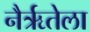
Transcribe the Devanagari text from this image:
नैर्ऋतेला